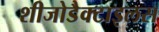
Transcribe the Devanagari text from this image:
शीजोडैक्टाइलस